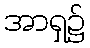
အာရှ၌